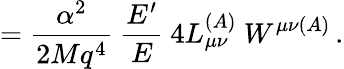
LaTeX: ={\frac{\alpha^{2}}{2Mq^{4}}}~{\frac{E^{\prime}}{E}}~4L_{\mu\nu}^{(A)}~W^{\mu\nu(A)}\, .